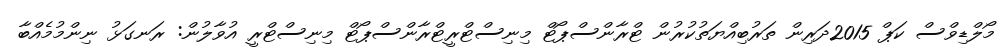
މޯލްޑިވްސް ކަޕް 2015ދަރިން ތަރުބިއްޔަތުކުރުން ޓްރާންސްޕޯޓް މިނިސްޓްރީޓްރާންސްޕޯޓް މިނިސްޓްރީ އުވާލުން: ރަނގަޅު ނިންމުމެއްބާ